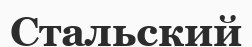
Стальский